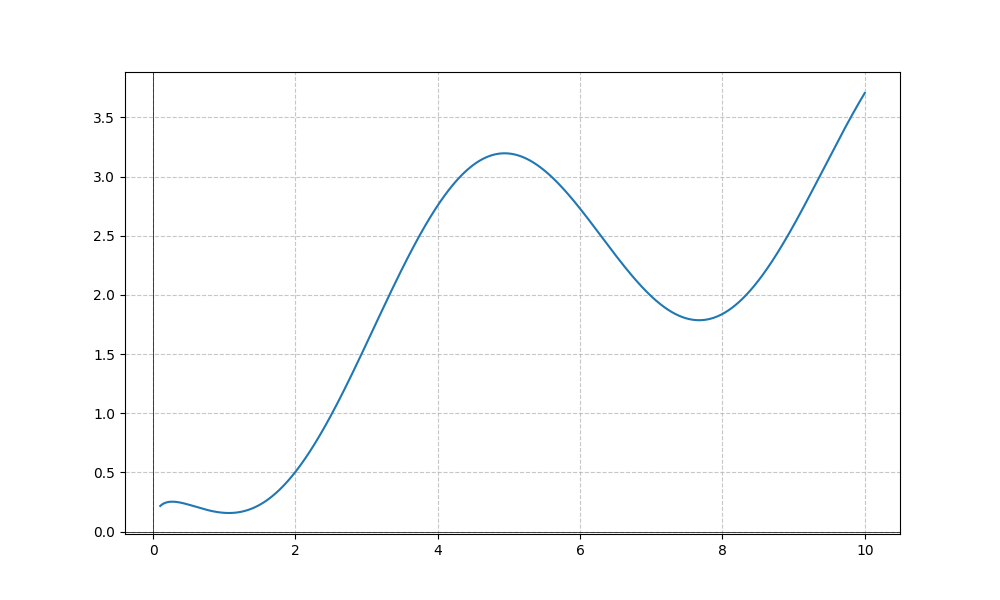
LaTeX formula: \sqrt{x} - \sin{\left(x \right)}